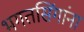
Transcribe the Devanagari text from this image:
भगतसिंगांना